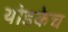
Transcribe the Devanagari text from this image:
थोडकेच